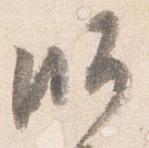
師